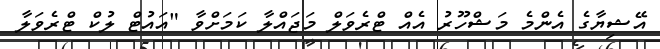
އޭޝިޔާގެ އެންމެ މަޝްހޫރު އެއް ޓްރެވަލް މަޖައްލާ ކަމަށްވާ "އައުޓް ލުކް ޓްރެވަލާ